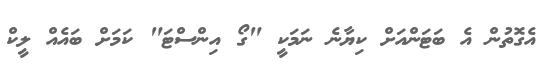
އެގޮތުން އެ ބަޓަންއަށް ކިޔާނެ ނަމަކީ "ގޯ އިންސްޓަ" ކަމަށް ބައެއް ލީކް